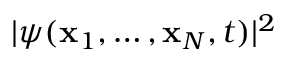
| \psi ( \mathbf { x } _ { 1 } , \ldots , \mathbf { x } _ { N } , t ) | ^ { 2 }